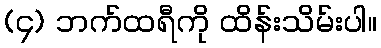
(၄) ဘက်ထရီကို ထိန်းသိမ်းပါ။